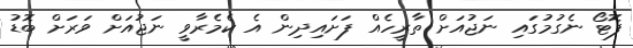
ފޮޓޯ ނެގުމުގައި ނަޖުއަށް ތާރީހެއް ފަށައިދިން އެ ކެމެރާވީ ނަޖުއަށް ވަރަށް ބޮޑު